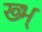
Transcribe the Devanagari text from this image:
ख्भ्